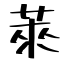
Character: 萊